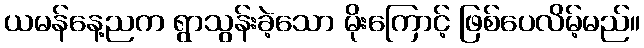
ယမန်နေ့ညက ရွာသွန်းခဲ့သော မိုးကြောင့် ဖြစ်ပေလိမ့်မည်။